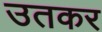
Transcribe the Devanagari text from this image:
उतकर